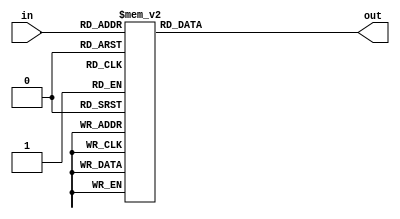
/* Copyright (c) 2015-2016 by the author(s)
 *
 * Permission is hereby granted, free of charge, to any person obtaining a copy
 * of this software and associated documentation files (the "Software"), to deal
 * in the Software without restriction, including without limitation the rights
 * to use, copy, modify, merge, publish, distribute, sublicense, and/or sell
 * copies of the Software, and to permit persons to whom the Software is
 * furnished to do so, subject to the following conditions:
 *
 * The above copyright notice and this permission notice shall be included in
 * all copies or substantial portions of the Software.
 *
 * THE SOFTWARE IS PROVIDED "AS IS", WITHOUT WARRANTY OF ANY KIND, EXPRESS OR
 * IMPLIED, INCLUDING BUT NOT LIMITED TO THE WARRANTIES OF MERCHANTABILITY,
 * FITNESS FOR A PARTICULAR PURPOSE AND NONINFRINGEMENT. IN NO EVENT SHALL THE
 * AUTHORS OR COPYRIGHT HOLDERS BE LIABLE FOR ANY CLAIM, DAMAGES OR OTHER
 * LIABILITY, WHETHER IN AN ACTION OF CONTRACT, TORT OR OTHERWISE, ARISING FROM,
 * OUT OF OR IN CONNECTION WITH THE SOFTWARE OR THE USE OR OTHER DEALINGS IN
 * THE SOFTWARE.
 *
 * =============================================================================
 *
 * Author(s):
 *   Stefan Wallentowitz <stefan.wallentowitz@tum.de>
 */

module sevensegment
  (input [3:0] in,
   output reg [6:0] out);

   always @(*) begin
      case (in)
        0:  out = 7'b0111111;
        1:  out = 7'b0000110;
        2:  out = 7'b1011011;
        3:  out = 7'b1001111;
        4:  out = 7'b1100110;
        5:  out = 7'b1101101;
        6:  out = 7'b1111101;
        7:  out = 7'b0000111;
        8:  out = 7'b1111111;
        9:  out = 7'b1101111;
        10: out = 7'b1110111;
        11: out = 7'b1111100;
        12: out = 7'b0111001;
        13: out = 7'b1011110;
        14: out = 7'b1111001;
        15: out = 7'b1110001;
      endcase // case (in)
   end
endmodule